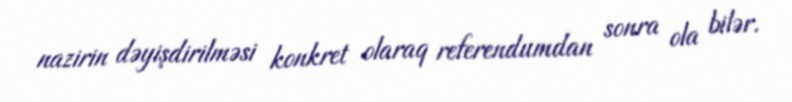
nazirin dəyişdirilməsi konkret olaraq referendumdan sonra ola bilər.